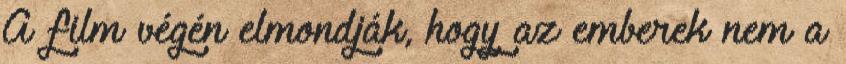
A film végén elmondják, hogy az emberek nem a